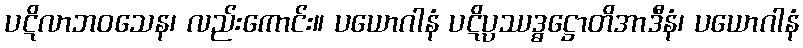
ပဋိလာဘဝသေန၊ လည်းကောင်း။ ပယောဂါနံ ပဋိပ္ပဿဒ္ဓဋ္ဌောတိအာဒီနံ၊ ပယောဂါနံ